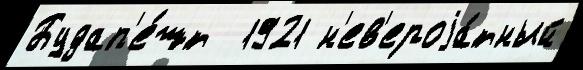
Будап'е́шт  1921 н'ев'ероjа́тный